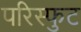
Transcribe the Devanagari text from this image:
परिस्फुट